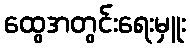
ထွေအတွင်းရေးမှူး